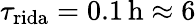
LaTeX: \tau_{\mathrm{rida}}=0.1\, \mathrm{h}\approx 6